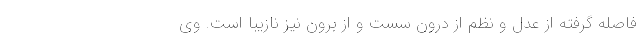
فاصله گرفته از عدل و نظم از درون سست و از برون نیز نازیبا است. وی